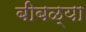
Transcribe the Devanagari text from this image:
बीबळ्या